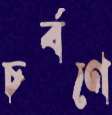
চর্বণে